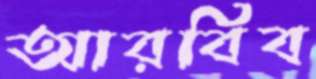
আরবিব